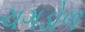
ચગડોળ